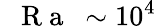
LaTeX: \mathrm{~\textit~{~R~a~}~}\sim 10^{4}